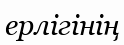
ерлігінің